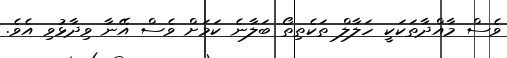
ވެސް މާއްދާތަކަކީ ހަލާލް ތަކެތިތޯ ބަލާނެ ކަމަށް ވެސް އޭނާ ވިދާޅުވި އެވެ.